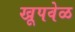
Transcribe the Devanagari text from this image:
खूपवेळ